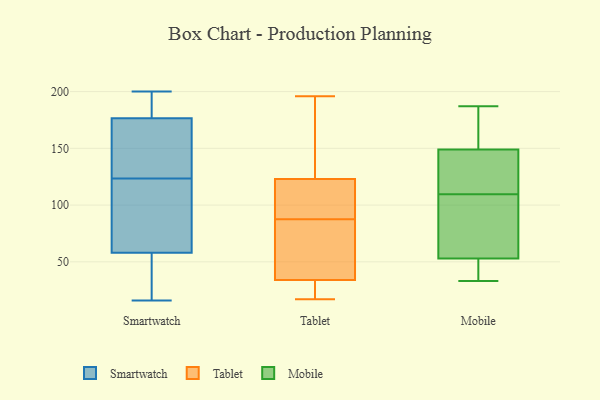
{"axis": {"x": "Demand Index", "y": "Value"}, "legend": ["Mobile", "Smartwatch", "Tablet"], "data": [{"x": "", "y": 175, "type": "Smartwatch"}, {"x": "", "y": 198, "type": "Smartwatch"}, {"x": "", "y": 16, "type": "Smartwatch"}, {"x": "", "y": 178, "type": "Smartwatch"}, {"x": "", "y": 156, "type": "Smartwatch"}, {"x": "", "y": 21, "type": "Smartwatch"}, {"x": "", "y": 200, "type": "Smartwatch"}, {"x": "", "y": 36, "type": "Smartwatch"}, {"x": "", "y": 163, "type": "Smartwatch"}, {"x": "", "y": 117, "type": "Smartwatch"}, {"x": "", "y": 171, "type": "Smartwatch"}, {"x": "", "y": 193, "type": "Smartwatch"}, {"x": "", "y": 62, "type": "Smartwatch"}, {"x": "", "y": 111, "type": "Smartwatch"}, {"x": "", "y": 80, "type": "Smartwatch"}, {"x": "", "y": 54, "type": "Smartwatch"}, {"x": "", "y": 73, "type": "Smartwatch"}, {"x": "", "y": 194, "type": "Smartwatch"}, {"x": "", "y": 49, "type": "Smartwatch"}, {"x": "", "y": 130, "type": "Smartwatch"}, {"x": "", "y": 190, "type": "Tablet"}, {"x": "", "y": 190, "type": "Tablet"}, {"x": "", "y": 82, "type": "Tablet"}, {"x": "", "y": 120, "type": "Tablet"}, {"x": "", "y": 29, "type": "Tablet"}, {"x": "", "y": 34, "type": "Tablet"}, {"x": "", "y": 29, "type": "Tablet"}, {"x": "", "y": 104, "type": "Tablet"}, {"x": "", "y": 196, "type": "Tablet"}, {"x": "", "y": 82, "type": "Tablet"}, {"x": "", "y": 123, "type": "Tablet"}, {"x": "", "y": 93, "type": "Tablet"}, {"x": "", "y": 62, "type": "Tablet"}, {"x": "", "y": 17, "type": "Tablet"}, {"x": "", "y": 174, "type": "Mobile"}, {"x": "", "y": 108, "type": "Mobile"}, {"x": "", "y": 33, "type": "Mobile"}, {"x": "", "y": 187, "type": "Mobile"}, {"x": "", "y": 149, "type": "Mobile"}, {"x": "", "y": 53, "type": "Mobile"}, {"x": "", "y": 38, "type": "Mobile"}, {"x": "", "y": 111, "type": "Mobile"}, {"x": "", "y": 140, "type": "Mobile"}, {"x": "", "y": 57, "type": "Mobile"}]}